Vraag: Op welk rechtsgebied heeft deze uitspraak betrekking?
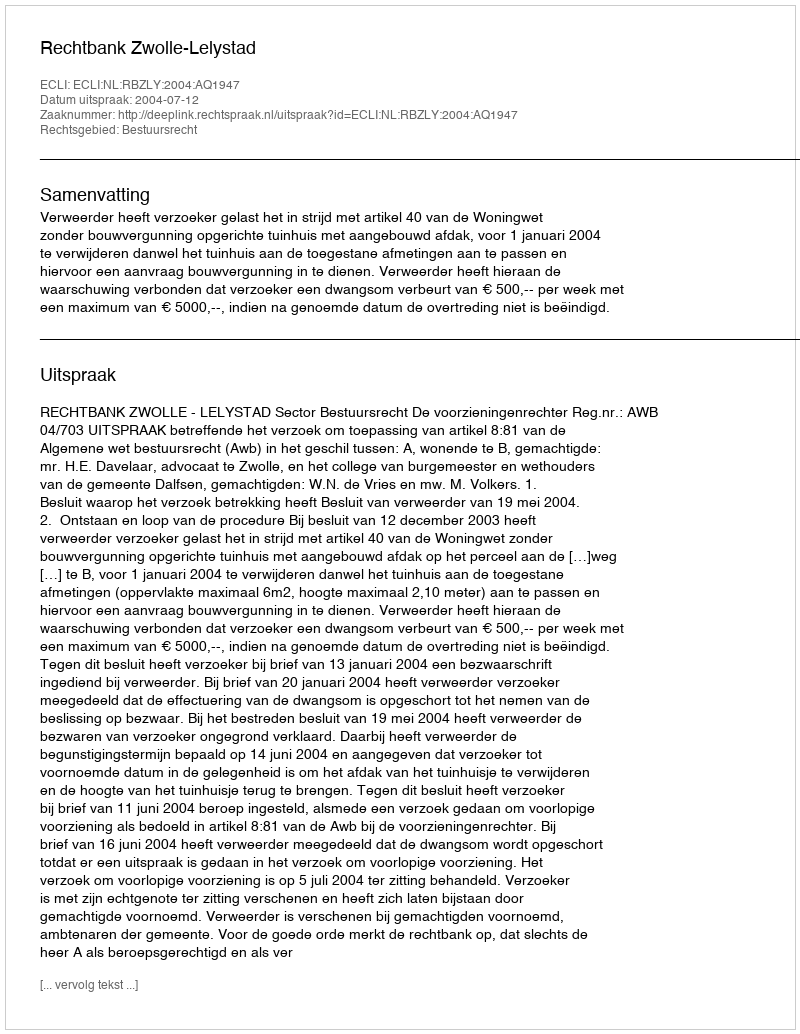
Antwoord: Bestuursrecht